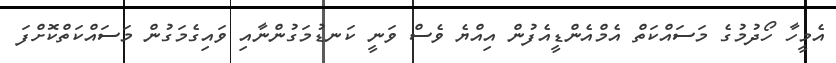
އެމީހާ ހޯދުމުގެ މަސައްކަތް އެމްއެންޑީއެފުން އިއްޔެ ވެސް ވަނީ ކަނޑުމަގުންނާއި ވައިގެމަގުން މަސައްކަތްކޮށްފަ